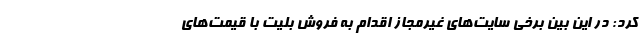
کرد: در این بین برخی سایت‌های غیرمجاز اقدام به فروش بلیت با قیمت‌های